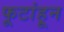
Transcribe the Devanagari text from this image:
फूटांहून